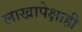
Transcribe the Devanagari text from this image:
लाखापेक्षाही